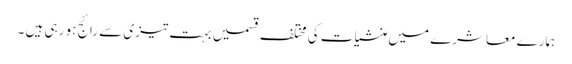
ہمارے معاشرے میں منشیات کی مختلف قسمیں بہت تیزی سے رائج ہو رہی ہیں ۔